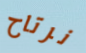
نرتاح